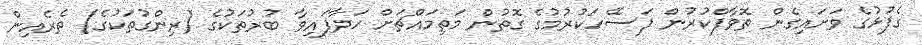
ގެފުޅުގެ ވަށައިގެން ތޮވާފްކުރުން ފަސޭހަކުރުމުގެ ގޮތުން މަތިމައްޗަށް ހަދާފައިވާ ބުރުތަކުގެ (ރިންގުތަކުގެ) ތެރެއިން